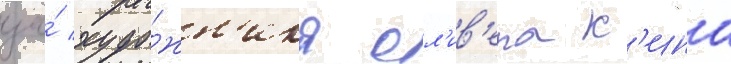
за́ худо́жн'ика ол'ив'ера к'ина